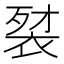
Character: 𲀰